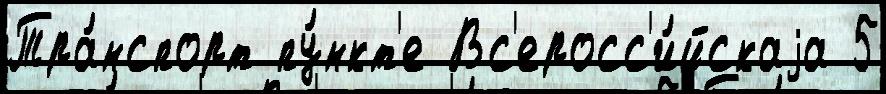
Тра́нспорт пу́нкт'е Вс'еросс'и́йскаjа 5